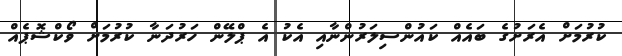
ކުރުމަށް އެރަށުގެ ބައެއް ކައުންސިލަރުންނާއި އެކު އެ ޕްލޭން ހަރުދަނާ ކުރުމަށް ވޯކްޝޮޕެއް